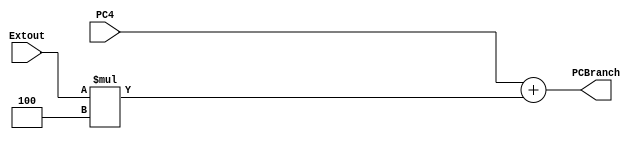
`timescale 1ns / 1ps
//////////////////////////////////////////////////////////////////////////////////
// Company: 
// Engineer: 
// 
// Design Name: 
// Module Name: PCBranch
// Project Name: 
// Target Devices: 
// Tool Versions: 
// Description: 
// 
// Dependencies: 
// 
// Revision:
// Revision 0.01 - File Created
// Additional Comments:
// 
//////////////////////////////////////////////////////////////////////////////////


module PCBranch(PC4, Extout, PCBranch);
    input [31:0] PC4; //PC+4
    input [31:0] Extout; //(4
    output wire [31:0] PCBranch; //PC
    
    assign PCBranch = PC4 + Extout * 4;
endmodule